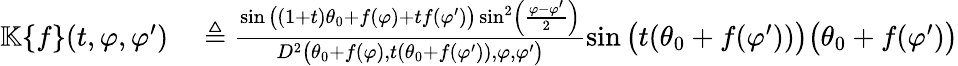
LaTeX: \begin{array}{rl}{\mathbb{K}\{ f\} (t,\varphi,\varphi^{\prime})}&{{}\triangleq\frac{\sin\big((1+t)\theta_{0}+f(\varphi)+tf(\varphi^{\prime})\big)\sin^{2}\left(\frac{\varphi-\varphi^{\prime}}{2}\right)}{D^{2}\big(\theta_{0}+f(\varphi),t(\theta_{0}+f(\varphi^{\prime})),\varphi,\varphi^{\prime}\big)}\sin\big(t(\theta_{0}+f(\varphi^{\prime}))\big)\big(\theta_{0}+f(\varphi^{\prime})\big)}\end{array}